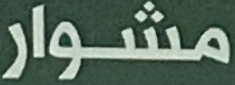
مشوار